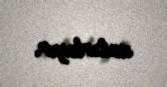
xatırlayır.